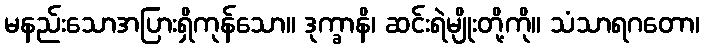
မနည်းသောအပြားရှိကုန်သော။ ဒုက္ခာနိ၊ ဆင်းရဲမျိုးတို့ကို။ သံသာရဂတော၊